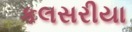
કલસરીયા